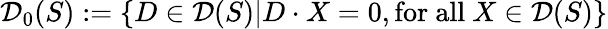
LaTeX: {\mathcal{D}}_{0}(S):=\{ D\in{\mathcal{D}}(S)|D\cdot X=0,{\mathrm{for~all~}}X\in{\mathcal{D}}(S)\}